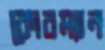
কোরম্যান